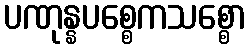
ပဏုန္နပစ္စေကသစ္စော